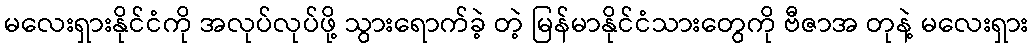
မလေးရှားနိုင်ငံကို အလုပ်လုပ်ဖို့ သွားရောက်ခဲ့ တဲ့ မြန်မာနိုင်ငံသားတွေကို ဗီဇာအ တုနဲ့ မလေးရှား